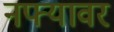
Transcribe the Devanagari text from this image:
नफ्यावर